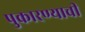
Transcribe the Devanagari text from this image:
पुकारण्याची